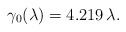
\begin{align*} \gamma _0(\lambda )=4.219\,\lambda .\end{align*}